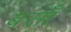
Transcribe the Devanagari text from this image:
बसाँ